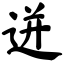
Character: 迸